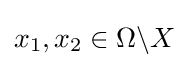
x_{1},x_{2}\in \Omega \backslash X